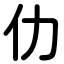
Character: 仂